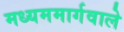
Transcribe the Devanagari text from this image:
मध्यममार्गवाले